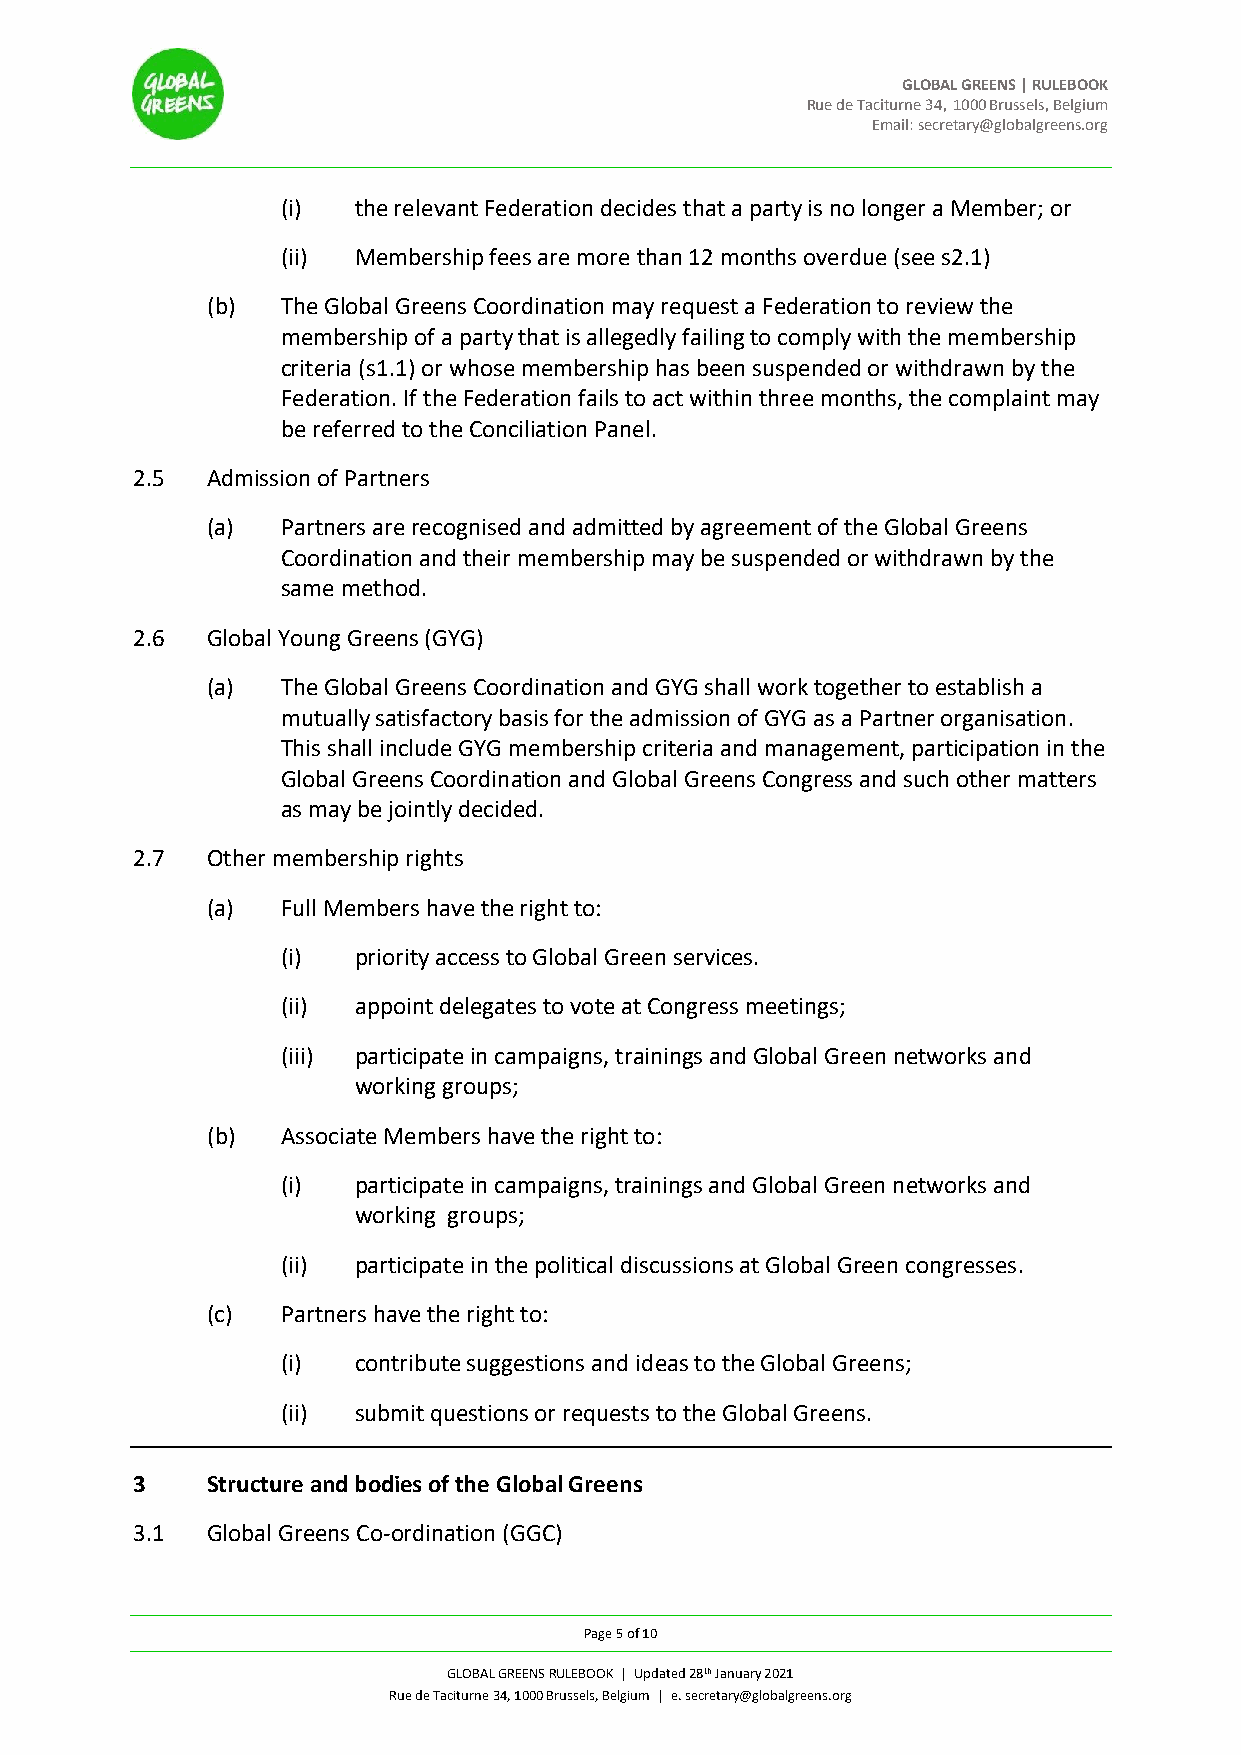
GLOBAL GREENS | RULEBOOK
 Rue de Taciturne 34, 1000 Brussels, Belgium
 Email: secretary@globalgreens.org
 (i) the relevant Federation decides that a party is no longer a Member; or
 (ii) Membership fees are more than 12 months overdue (see s2.1)
 (b)  The Global Greens Coordination may request a Federation to review the
 membership of a party that is allegedly failing to comply with the membership
 criteria (s1.1) or whose membership has been suspended or withdrawn by the
 Federation. If the Federation fails to act within three months, the complaint may
 be referred to the Conciliation Panel.
 2.5  Admission of Partners
 (a)  Partners are recognised and admitted by agreement of the Global Greens
 Coordination and their membership may be suspended or withdrawn by the
 same method.
 2.6  Global Young Greens (GYG)
 (a)  The Global Greens Coordination and GYG shall work together to establish a
 mutually satisfactory basis for the admission of GYG as a Partner organisation.
 This shall include GYG membership criteria and management, participation in the
 Global Greens Coordination and Global Greens Congress and such other matters
 as may be jointly decided.
 2.7  Other membership rights
 (a)  Full Members have the right to:
 (i) priority access to Global Green services.
 (ii) appoint delegates to vote at Congress meetings;
 (iii) participate in campaigns, trainings and Global Green networks and
 working groups;
 (b)  Associate Members have the right to:
 (i) participate in campaigns, trainings and Global Green networks and
 working groups;
 (ii) participate in the political discussions at Global Green congresses.
 (c)  Partners have the right to:
 (i) contribute suggestions and ideas to the Global Greens;
 (ii) submit questions or requests to the Global Greens.
 3    Structure and bodies of the Global Greens
 3.1  Global Greens Co-ordination (GGC)
 Page 5 of 10
 GLOBAL GREENS RULEBOOK | Updated 28th January 2021
 Rue de Taciturne 34, 1000 Brussels, Belgium | e. secretary@globalgreens.org